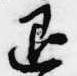
退